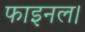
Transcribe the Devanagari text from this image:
फाइनल।